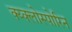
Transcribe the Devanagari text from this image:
क्य्क्लोस्पोरिन